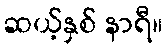
ဆယ့်နှစ် နာရီ။